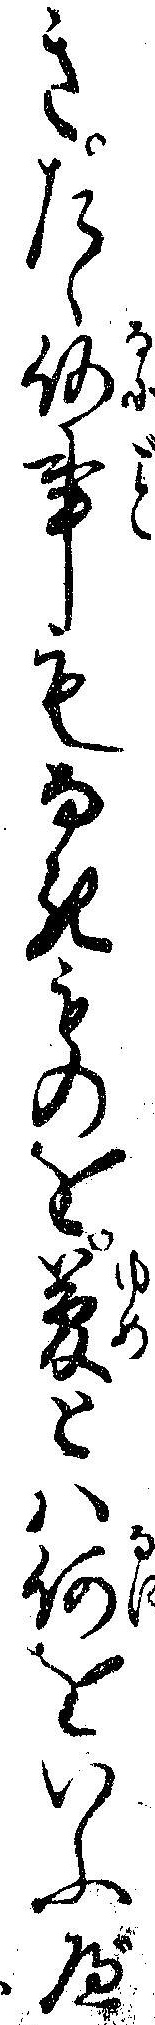
きたゝ何事もなきものを夢とハ何をいふべ